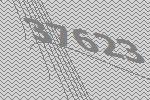
37623